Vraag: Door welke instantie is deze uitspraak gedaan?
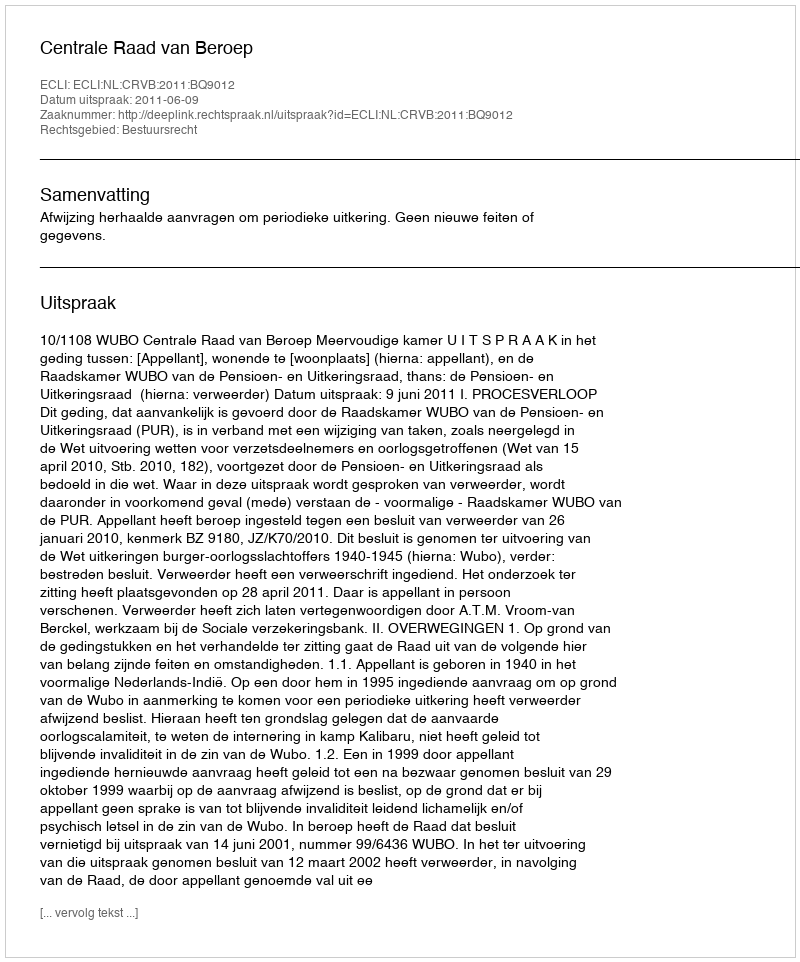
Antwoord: Centrale Raad van Beroep